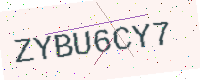
Text: ZYBU6CY7